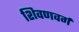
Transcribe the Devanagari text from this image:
शिवणवर्ग